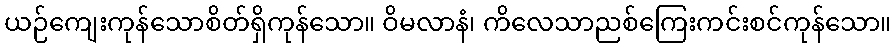
ယဉ်ကျေးကုန်သောစိတ်ရှိကုန်သော။ ဝိမလာနံ၊ ကိလေသာညစ်ကြေးကင်းစင်ကုန်သော။